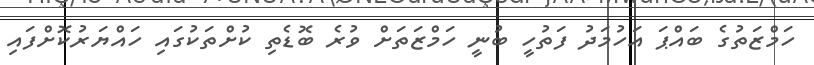
ހަމްޒަތުގެ ބައްޕަ އަހުމަދު ފަތުހީ ބުނީ ހަމްޒަތަށް ވުރެ ބޮޑެތި ކުށްތަކުގައި ހައްޔަރުކޮށްފައި